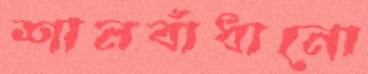
শানবাঁধানো